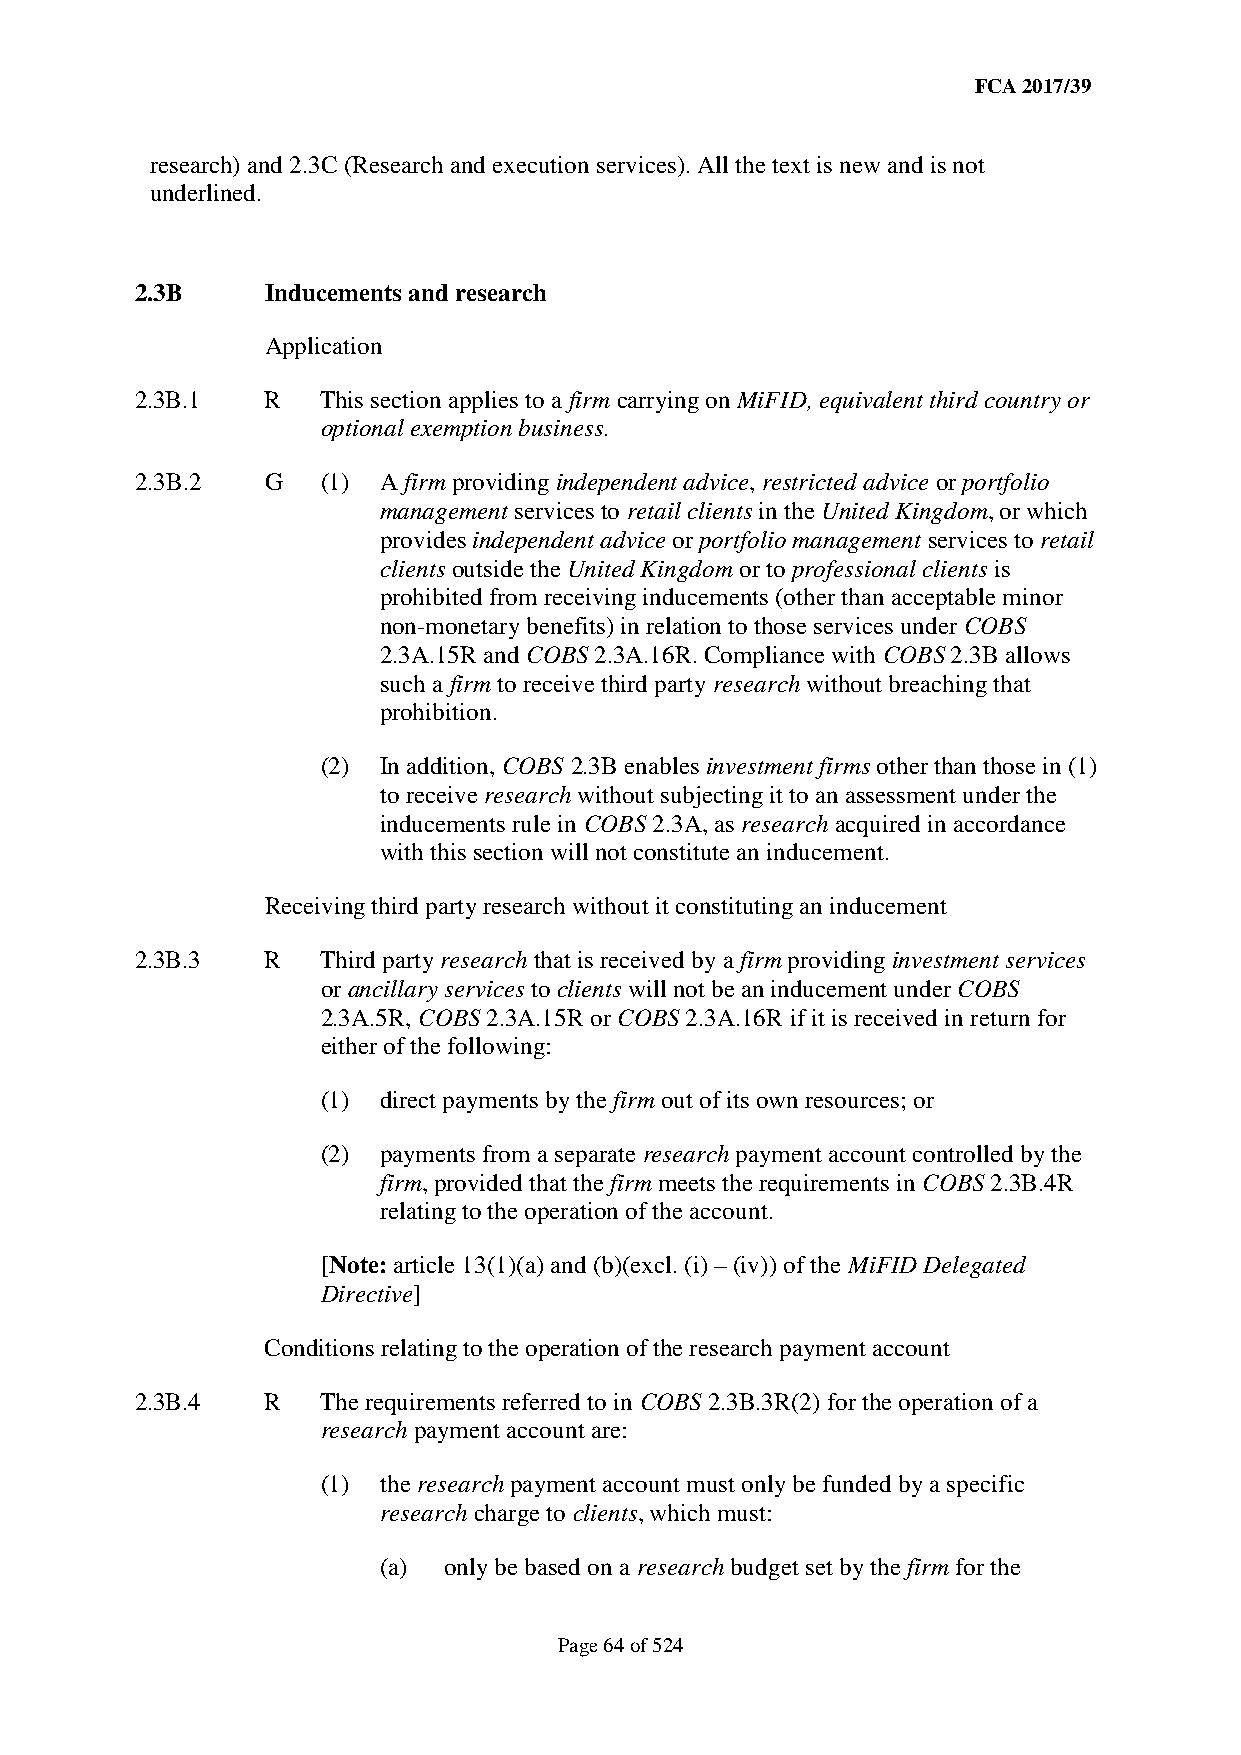
FCA 2017/39
 research) and 2.3C (Research and execution services). All the text is new and is not
 underlined.
 2.3B     Inducements and research
 Application
 2.3B.1   R  This section applies to a firm carrying on MiFID, equivalent third country or
 optional exemption business.
 2.3B.2   G  (1) A firm providing independent advice, restricted advice or portfolio
 management services to retail clients in the United Kingdom, or which
 provides independent advice or portfolio management services to retail
 clients outside the United Kingdom or to professional clients is
 prohibited from receiving inducements (other than acceptable minor
 non-monetary benefits) in relation to those services under COBS
 2.3A.15R and COBS 2.3A.16R. Compliance with COBS 2.3B allows
 such a firm to receive third party research without breaching that
 prohibition.
 (2) In addition, COBS 2.3B enables investment firms other than those in (1)
 to receive research without subjecting it to an assessment under the
 inducements rule in COBS 2.3A, as research acquired in accordance
 with this section will not constitute an inducement.
 Receiving third party research without it constituting an inducement
 2.3B.3   R  Third party research that is received by a firm providing investment services
 or ancillary services to clients will not be an inducement under COBS
 2.3A.5R, COBS 2.3A.15R or COBS 2.3A.16R if it is received in return for
 either of the following:
 (1) direct payments by the firm out of its own resources; or
 (2) payments from a separate research payment account controlled by the
 firm, provided that the firm meets the requirements in COBS 2.3B.4R
 relating to the operation of the account.
 [Note: article 13(1)(a) and (b)(excl. (i) – (iv)) of the MiFID Delegated
 Directive]
 Conditions relating to the operation of the research payment account
 2.3B.4   R  The requirements referred to in COBS 2.3B.3R(2) for the operation of a
 research payment account are:
 (1) the research payment account must only be funded by a specific
 research charge to clients, which must:
 (a) only be based on a research budget set by the firm for the
 Page 64 of 524